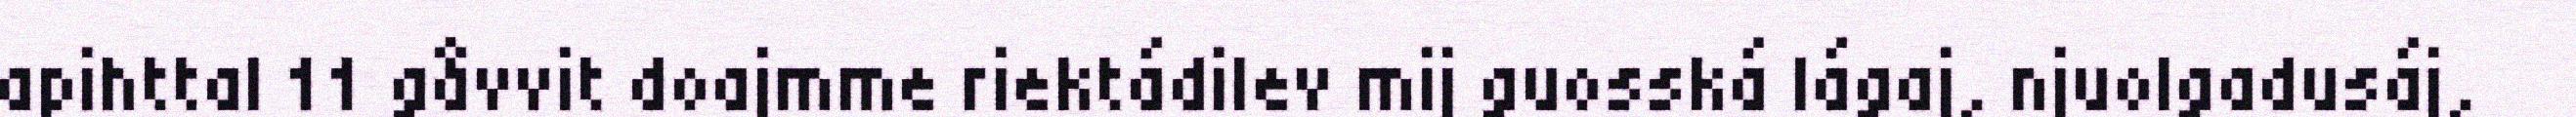
apihttal 11 gåvvit doajmme riektádilev mij guosská lágaj, njuolgadusáj,